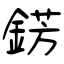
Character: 錺